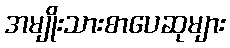
အမျိုးသားစာပေဆုများ